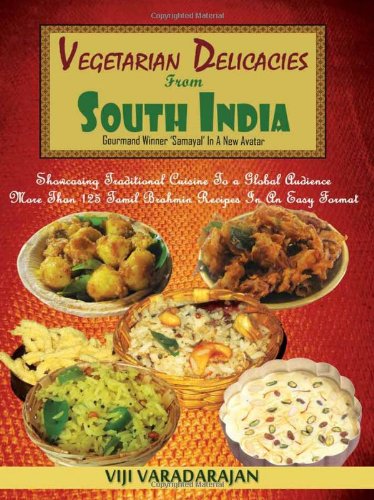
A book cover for Vegetarian Delicacies From South India (English Edition); Viji Varadarajan; Cookbooks, Food & Wine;